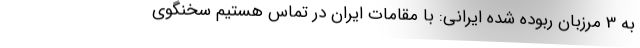
به 3 مرزبان ربوده شده ایرانی: با مقامات ایران در تماس هستیم سخنگوی